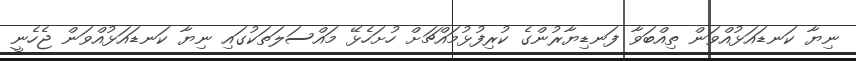
ނިޔާ ކަނޑައަޅުއްވަން ތިއްބަވާ ފަނޑިޔާރުންގެ ކުރިފުޅުމައްޗަށް ހުށަހެޅޭ މައްސަލަތަކުގައި ނިޔާ ކަނޑައަޅުއްވަން ޖެހެނީ